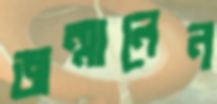
জন্মালেন